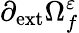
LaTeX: \partial_{\mathrm{{ext}}}\Omega_{f}^{\varepsilon}